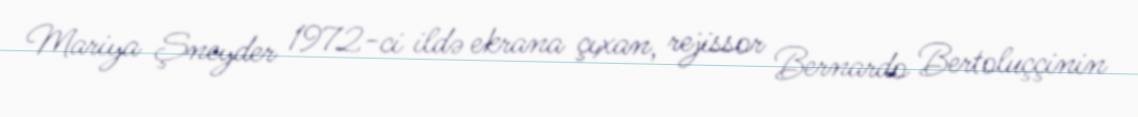
Mariya Şneyder 1972-ci ildə ekrana çıxan, rejissor Bernardo Bertoluççinin